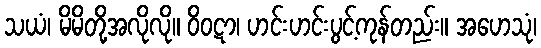
သယံ၊ မိမိတို့အလိုလို။ ဝိဝဋာ၊ ဟင်းဟင်းပွင့်ကုန်တည်း။ အဟေသုံ၊